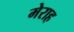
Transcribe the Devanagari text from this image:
मेराह